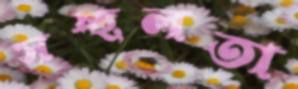
সচ্ছলতা